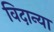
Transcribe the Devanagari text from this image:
विदान्या